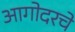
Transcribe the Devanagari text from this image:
आगोदरचे